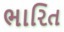
ભારિત